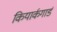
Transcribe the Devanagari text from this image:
कियार्कगार्ड